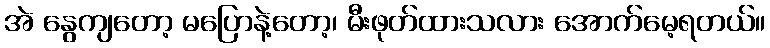
အဲ နွေကျတော့ မပြောနဲ့တော့၊ မီးဖုတ်ထားသလား အောက်မေ့ရတယ်။